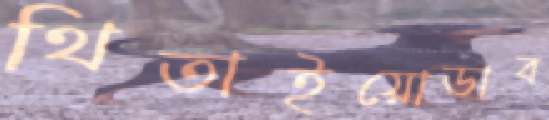
থিতাইয়োডাব